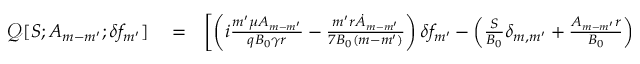
\begin{array} { r l r } { \mathcal { Q } [ S ; A _ { m - m ^ { \prime } } ; \delta f _ { m ^ { \prime } } ] } & { { } = } & { \left[ \left( i \frac { m ^ { \prime } \mu A _ { m - m ^ { \prime } } } { q B _ { 0 } \gamma r } - \frac { m ^ { \prime } r \dot { A } _ { m - m ^ { \prime } } } { 7 B _ { 0 } ( m - m ^ { \prime } ) } \right) \delta f _ { m ^ { \prime } } - \left( \frac { S } { B _ { 0 } } \delta _ { m , m ^ { \prime } } + \frac { A _ { m - m ^ { \prime } } r } { B _ { 0 } } \right) \frac { \partial \delta f _ { m ^ { \prime } } } { \partial t } \right] } \end{array}